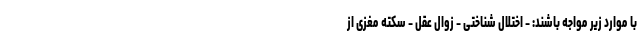
با موارد زیر مواجه باشند: - اختلال شناختی - زوال عقل - سکته مغزی از